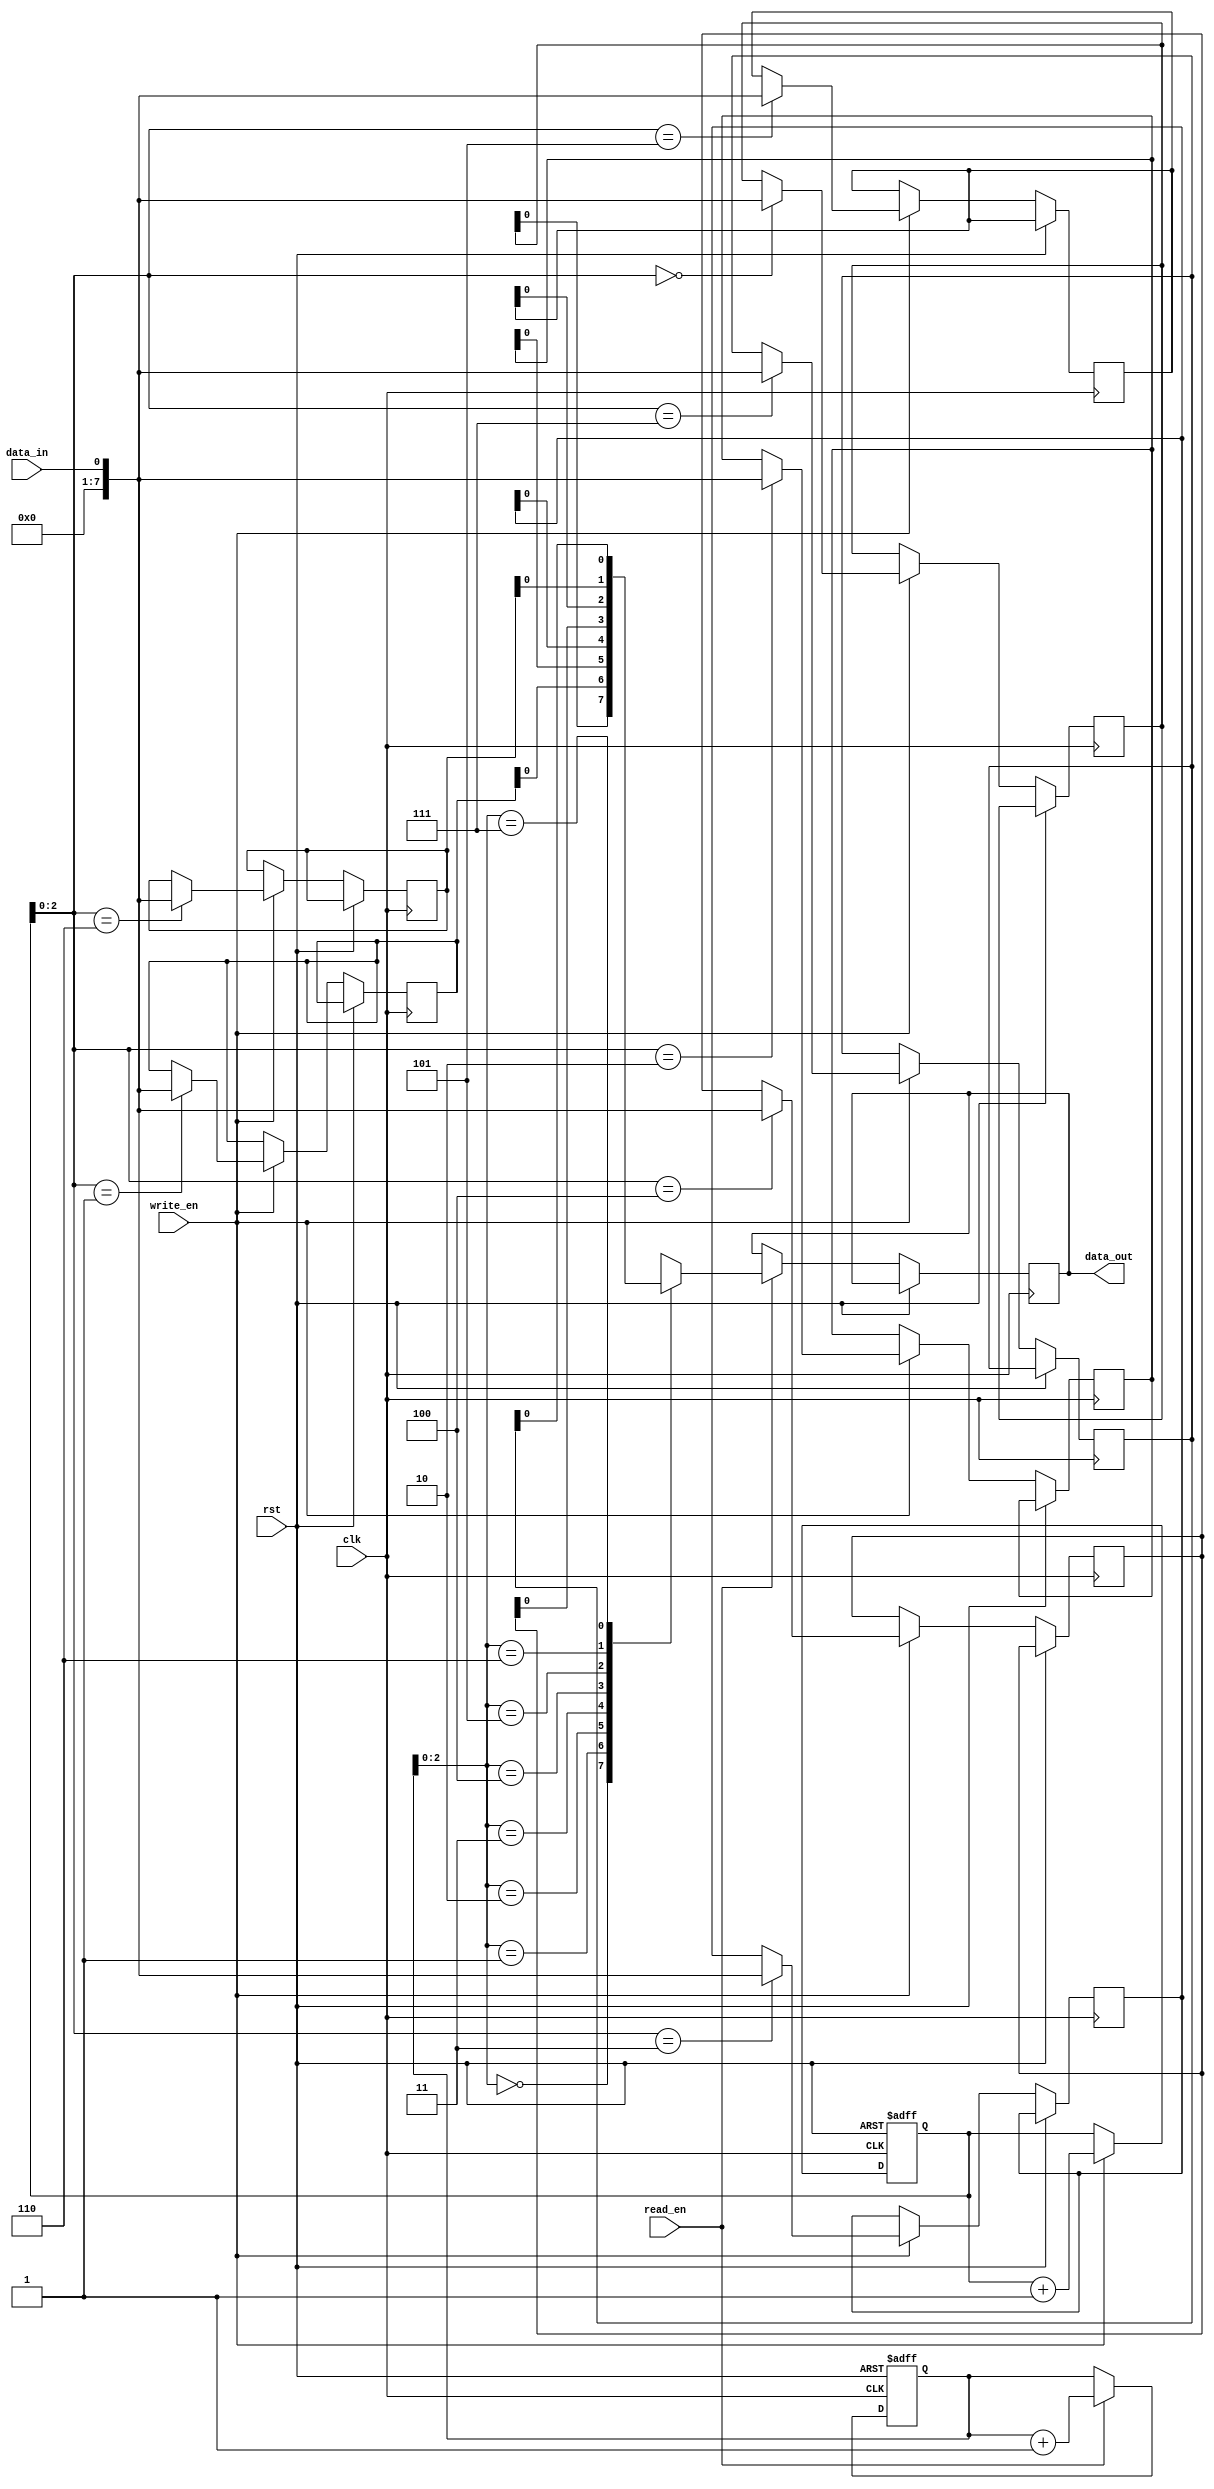
module FIFO(
    input wire clk,            // Clock input
    input wire rst,            // Reset input
    input wire write_en,       // Write enable input
    input wire read_en,        // Read enable input
    input wire data_in,        // Data input
    output reg data_out        // Data output
);

parameter DEPTH = 8;          // Depth of FIFO

reg [7:0] memory [0:DEPTH-1]; // Memory array for storing data
reg [3:0] read_ptr;           // Read pointer
reg [3:0] write_ptr;          // Write pointer

// Write process
always @(posedge clk or posedge rst)
begin
    if (rst)
        write_ptr <= 0;       // Reset write pointer
    else if (write_en)
    begin
        memory[write_ptr] <= data_in; // Write data to memory
        write_ptr <= write_ptr + 1;   // Increment write pointer
    end
end

// Read process
always @(posedge clk or posedge rst)
begin
    if (rst)
        read_ptr <= 0;       // Reset read pointer
    else if (read_en)
    begin
        data_out <= memory[read_ptr]; // Read data from memory
        read_ptr <= read_ptr + 1;     // Increment read pointer
    end
end

endmodule